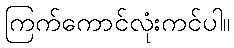
ကြက်ကောင်လုံးကင်ပါ။